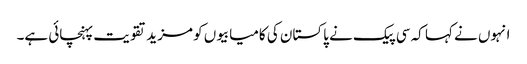
انہوں نے کہا کہ سی پیک نے پاکستان کی کامیابیوں کو مزید تقویت پہنچائی ہے۔